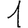
Digit: 1